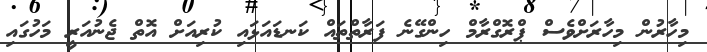
މިހާރުން މިހާރަށްވެސް ޕްރޮގްރާމް ހިންގޭނެ ފަރާތްތައް ކަނޑައަޅައި ކުރިއަށް އޮތް ޖެނުއަރީ މަހުގައި